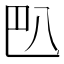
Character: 𰃟